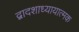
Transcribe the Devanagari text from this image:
द्वादशाध्यायात्मक